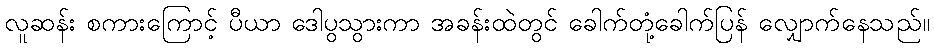
လူဆန်း စကားကြောင့် ပီယာ ဒေါပွသွားကာ အခန်းထဲတွင် ခေါက်တုံ့ခေါက်ပြန် လျှောက်နေသည်။